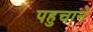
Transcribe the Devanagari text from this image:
पहुचानें